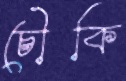
চৌকি